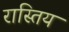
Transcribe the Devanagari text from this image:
रास्तिय